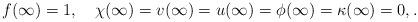
LaTeX: \begin{align*}f(\infty)=1,\quad \chi(\infty)=v(\infty)=u(\infty)=\phi(\infty)=\kappa(\infty)= 0,.\end{align*}